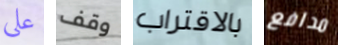
علي وقف بالاقتراب مدافع